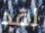
لقد